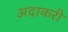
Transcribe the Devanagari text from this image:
अदाकरी